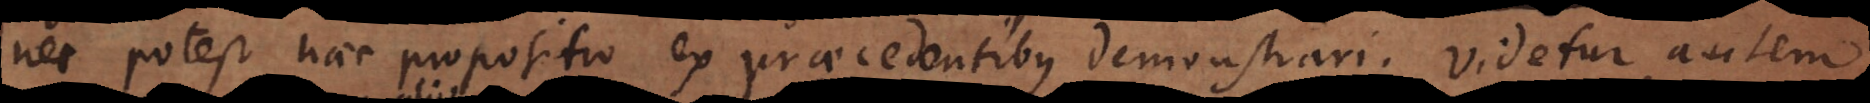
nec potest haec propositio ex praecedentibus demonstrari. Videtur autem